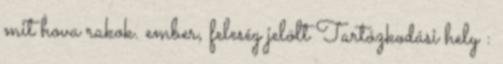
mit hova rakok. ember, feleség jelölt Tartózkodási hely :